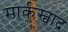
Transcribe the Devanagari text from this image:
मार्कस्वाद